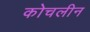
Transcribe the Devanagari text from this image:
कोचलीन